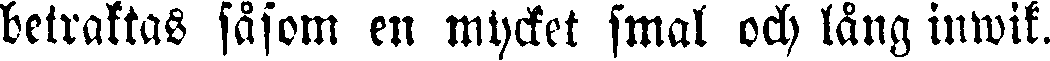
betraktas såsom en mycket smal och lång inwik.